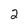
Character: 2